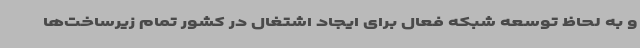
و به لحاظ توسعه شبکه فعال برای ایجاد اشتغال در کشور تمام زیرساخت‌ها